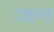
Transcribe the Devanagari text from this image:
उडन्त